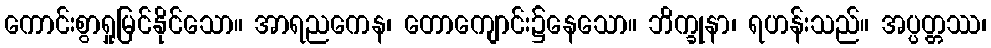
ကောင်းစွာရှုမြင်နိုင်သော။ အာရညကေန၊ တောကျောင်း၌နေသော။ ဘိက္ခုနာ၊ ရဟန်းသည်။ အပ္ပတ္တဿ၊